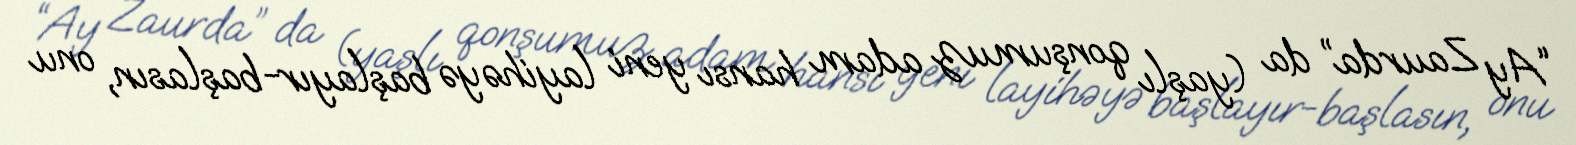
“Ay Zaurda” da (yaşlı qonşumuz adam hansı yeni layihəyə başlayır-başlasın, onu